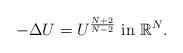
LaTeX: \begin{align*} -\Delta U=U^{N+2\over N-2} \ \hbox{in}\ \mathbb R^N.\end{align*}